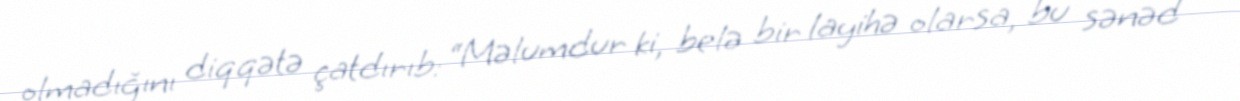
olmadığını diqqətə çatdırıb: “Məlumdur ki, belə bir layihə olarsa, bu sənəd